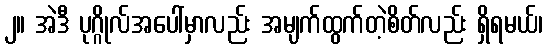
၂။ အဲဒီ ပုဂ္ဂိုလ်အပေါ်မှာလည်း အမျက်ထွက်တဲ့စိတ်လည်း ရှိရမယ်၊